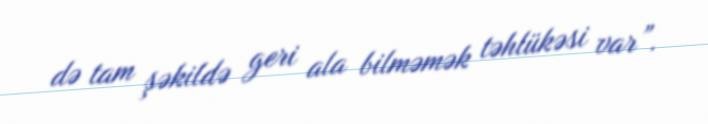
də tam şəkildə geri ala bilməmək təhlükəsi var”.